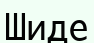
Шиде